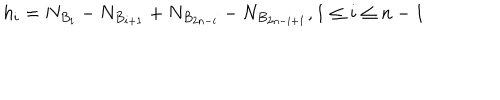
h _ { i } = N _ { B _ { i } } - N _ { B _ { i + 1 } } + N _ { B _ { 2 n - i } } - N _ { B _ { 2 n - i + 1 } } , 1 \leq i \leq n - 1